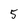
Character: 5